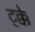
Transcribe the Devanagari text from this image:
ट्क्के